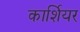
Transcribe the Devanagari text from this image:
कार्शियर